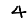
Digit: 4